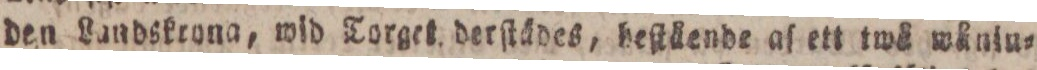
den Landskrona, wid Torget derſtädes, beſtäende af ett twå wåniu=